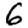
Digit: 6